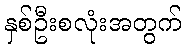
နှစ်ဦးစလုံးအတွက်